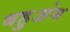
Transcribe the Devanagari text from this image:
बहुअंग